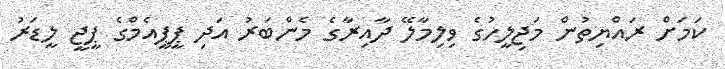
ކަމަށް ރައްޔިތުން މަޖިލީހުގެ ވިލިމާލޭ ދާއިރާގެ މެންބަރު އަދި ޕީޕީއެމްގެ ޕީޖީ ލީޑަރު